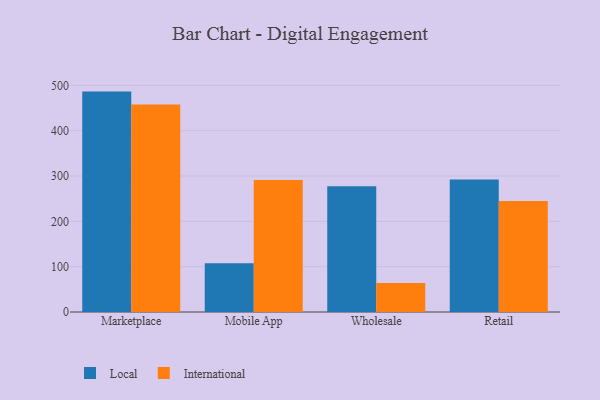
{"axis": {"x": "Channel", "y": "Production Output"}, "legend": ["International", "Local"], "data": [{"x": "Marketplace", "y": 486.2, "type": "Local"}, {"x": "Marketplace", "y": 457.7, "type": "International"}, {"x": "Mobile App", "y": 107.3, "type": "Local"}, {"x": "Mobile App", "y": 291.2, "type": "International"}, {"x": "Wholesale", "y": 277.6, "type": "Local"}, {"x": "Wholesale", "y": 63.8, "type": "International"}, {"x": "Retail", "y": 292.4, "type": "Local"}, {"x": "Retail", "y": 245.0, "type": "International"}]}